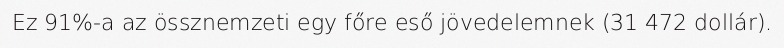
Ez 91%-a az össznemzeti egy főre eső jövedelemnek (31 472 dollár).